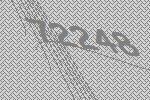
72248